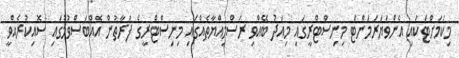
މިކަމަށްޓަކައި އެންވަޔަރަމަންޓް މިނިސްޓްރީގައި މިއަދު ބޭއްވި ރަސްމިއްޔާތެއްގައި މިނިސްޓްރީގެ ފަރާތުން އެއްބަސްވުމުގައި ސޮއިކުރެއްވީ